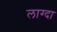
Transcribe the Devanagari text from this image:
लाग्दा